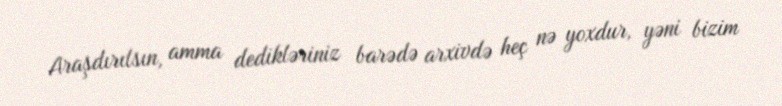
Araşdırılsın, amma dedikləriniz barədə arxivdə heç nə yoxdur, yəni bizim